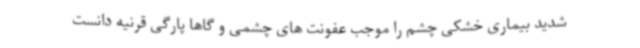
شدید بیماری خشکی چشم را موجب عفونت های چشمی و گاها پارگی قرنیه دانست